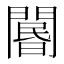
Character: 𨵽